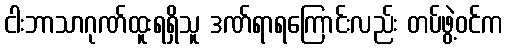
ငါးဘာသာဂုဏ်ထူးရရှိသူ ဒဏ်ရာရကြောင်းလည်း တပ်ဖွဲ့ဝင်က